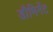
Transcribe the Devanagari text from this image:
डौमिनेंट